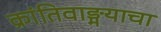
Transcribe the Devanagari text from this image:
क्रांतिवाङ्मयाचा